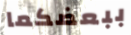
ببعضكما